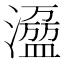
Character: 𰝝